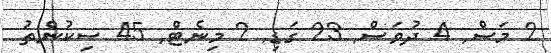
2 މަސް